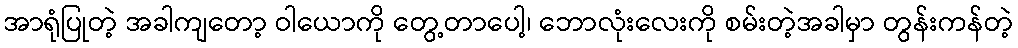
အာရုံပြုတဲ့ အခါကျတော့ ဝါယောကို တွေ့တာပေါ့၊ ဘောလုံးလေးကို စမ်းတဲ့အခါမှာ တွန်းကန်တဲ့